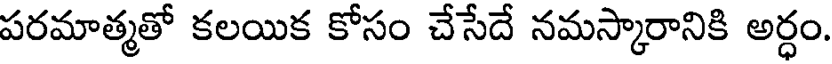
పరమాత్మతో కలయిక కోసం చేసేదే నమస్కారానికి అర్ధం.